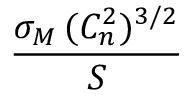
\frac { \sigma _ { M } \, ( C _ { n } ^ { 2 } ) ^ { 3 / 2 } } { S }